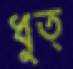
ধুত্